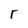
Character: r